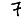
Digit: 7